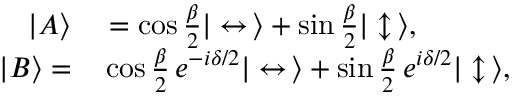
\begin{array} { r l } { | A \rangle } & { { } = \cos { \frac { \beta } { 2 } } | \leftrightarrow \, \rangle + \sin { \frac { \beta } { 2 } } | \updownarrow \, \rangle , } \\ { | B \rangle = } & { { } \cos { \frac { \beta } { 2 } } \, e ^ { - i \delta / 2 } | \leftrightarrow \, \rangle + \sin { \frac { \beta } { 2 } } \, e ^ { i \delta / 2 } | \updownarrow \, \rangle , } \end{array}